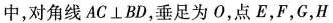
中，对角线AC⊥BD，垂足为0，点E，F，G，H